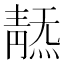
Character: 𩇞